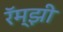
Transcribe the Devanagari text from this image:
रॅम्झी